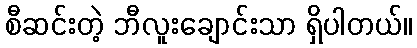
စီဆင်းတဲ့ ဘီလူးချောင်းသာ ရှိပါတယ်။